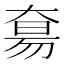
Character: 𫯭